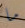
ما